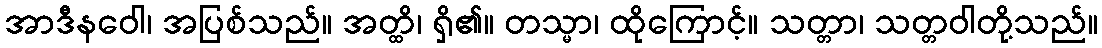
အာဒီနဝေါ၊ အပြစ်သည်။ အတ္ထိ၊ ရှိ၏။ တသ္မာ၊ ထိုကြောင့်။ သတ္တာ၊ သတ္တဝါတို့သည်။